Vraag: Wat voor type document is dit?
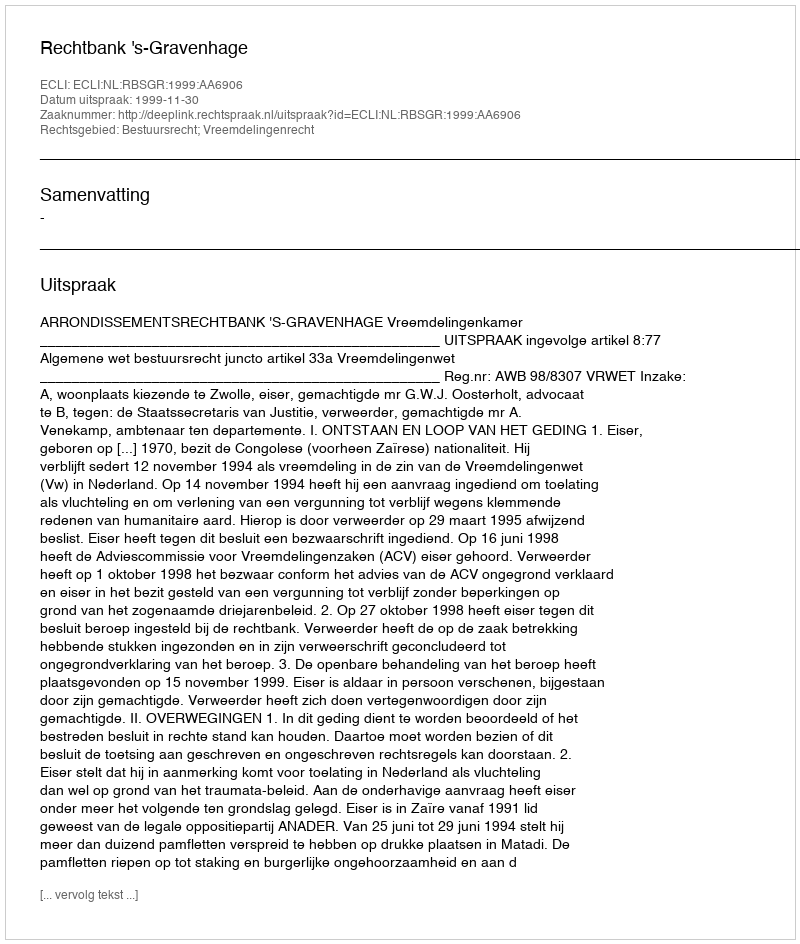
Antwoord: Uitspraak